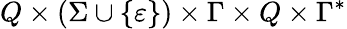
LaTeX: Q\times(\Sigma\cup\{ \varepsilon\} )\times\Gamma\times Q\times\Gamma^{*}